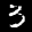
Label: 3